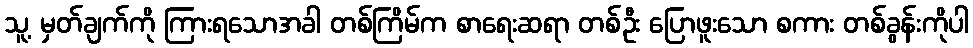
သူ့ မှတ်ချက်ကို ကြားရသောအခါ တစ်ကြိမ်က စာရေးဆရာ တစ်ဦး ပြောဖူးသော စကား တစ်ခွန်းကိုပါ